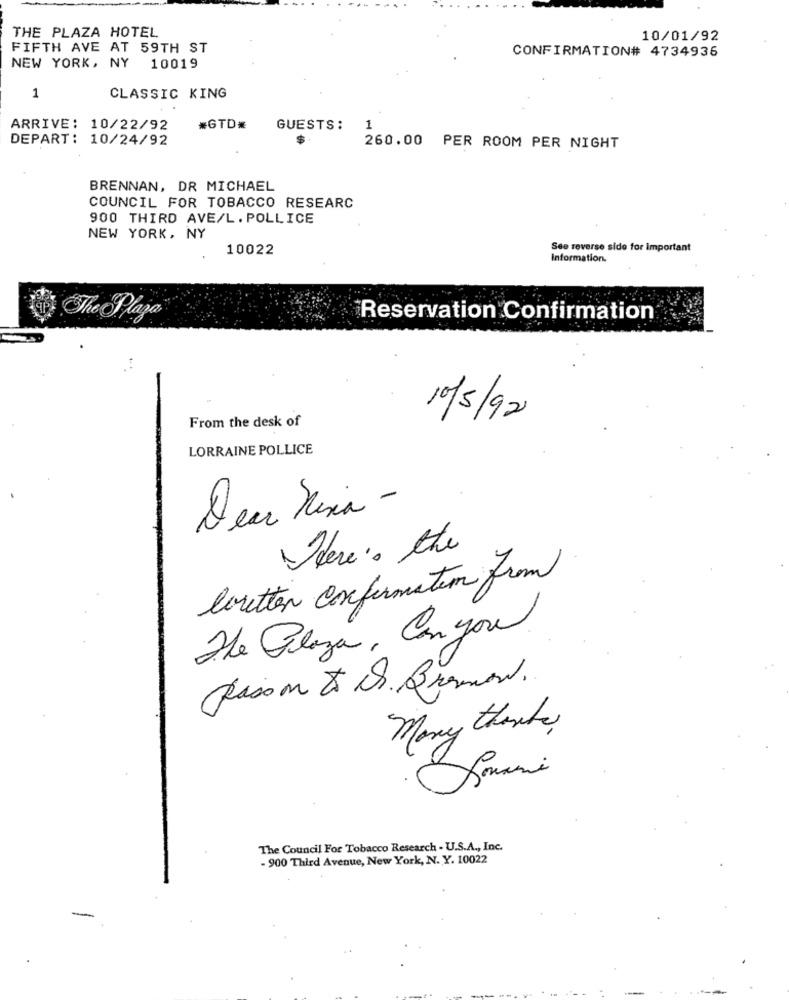
THE PLAZA HOTEL
10/01/92
FIFTH AVE AT 59TH ST
CONFIRMATION# 4734936
NEW YORK, NY 10019
1
CLASSIC KING
ARRIVE: 10/22/92
#GTD*
GUESTS:
1
DEPART: 10/24/92
260.00 PER ROOM PER NIGHT
BRENNAN, DR MICHAEL
COUNCIL FOR TOBACCO RESEARC
900 THIRD AVE/L. POLLICE
NEW YORK, NY
10022
See reverse side for important
Information.
The Plaza
Reservation Confirmation
From the desk of
10/5/92
LORRAINE POLLICE
Dear Visa -
Where's the
leretten Confirmation from
The Plaza, Can you
Many thanks,
The Council For Tobacco Research - U.S.A ., Inc.
- 900 Third Avenue, New York, N. Y. 10022